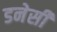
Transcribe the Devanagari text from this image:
डनेसी